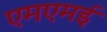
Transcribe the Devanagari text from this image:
एमएमई